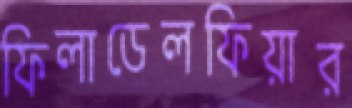
ফিলাডেলফিয়ার